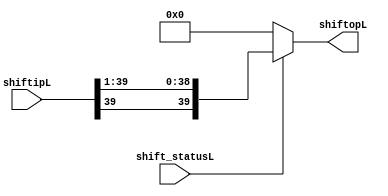
`timescale 1ns / 1ps

module ShifterL(shift_statusL,shiftipL,shiftopL);

input shift_statusL;
input [39:0]shiftipL;

output reg [39:0]shiftopL;

always @(shift_statusL or shiftipL)
begin
	if(shift_statusL == 1)
		shiftopL = $signed(shiftipL)>>>1;
	else
		shiftopL = 0;	
end

endmodule